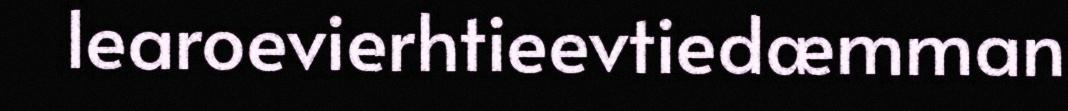
learoevierhtieevtiedæmman